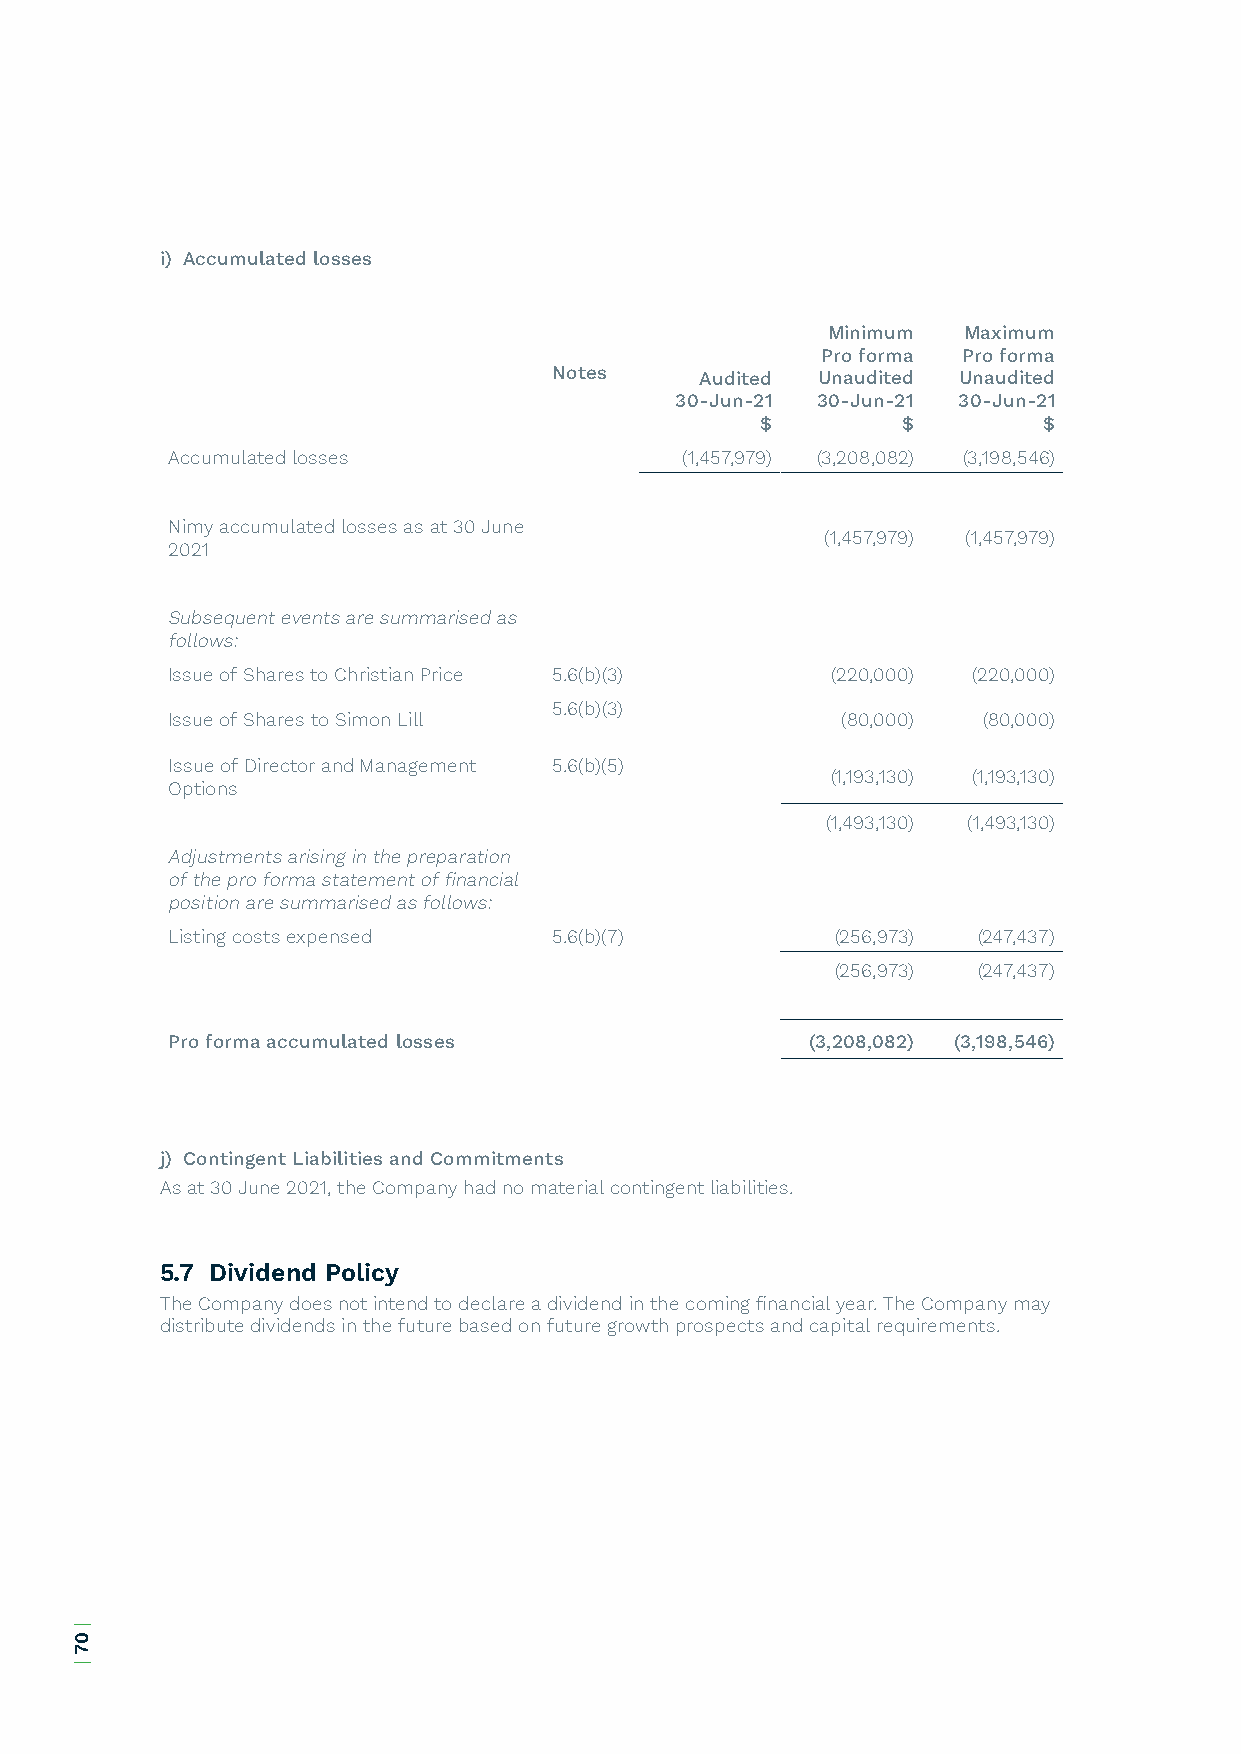
i) Accumulated losses
 Minimum  Maximum
 Pro forma Pro forma
 Notes    Audited Unaudited Unaudited
 30-Jun-21 30-Jun-21 30-Jun-21
 $         $        $
 Accumulated losses                (1,457,979) (3,208,082) (3,198,546)
 Nimy accumulated losses as at 30 June
 (1,457,979) (1,457,979)
 2021
 Subsequent events are summarised as
 follows:
 Issue of Shares to Christian Price 5.6(b)(3) (220,000) (220,000)
 5.6(b)(3)
 Issue of Shares to Simon Lill                (80,000) (80,000)
 Issue of Director and Management 5.6(b)(5)
 (1,193,130) (1,193,130)
 Options
 (1,493,130) (1,493,130)
 Adjustments arising in the preparation
 of the pro forma statement of financial
 position are summarised as follows:
 Listing costs expensed    5.6(b)(7)         (256,973) (247,437)
 (256,973) (247,437)
 Pro forma accumulated losses              (3,208,082) (3,198,546)
 j) Contingent Liabilities and Commitments
 As at 30 June 2021, the Company had no material contingent liabilities.
 5.7 Dividend Policy
 The Company does not intend to declare a dividend in the coming financial year. The Company may
 distribute dividends in the future based on future growth prospects and capital requirements.
 |
 07
 |